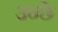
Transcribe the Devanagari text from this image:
उन्छे